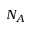
N _ { A }